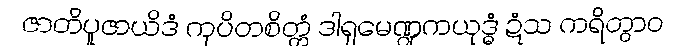
ဇာတိပူဇာယိဒံ ကုပိတစိတ္တံ ဒါရုမေဏ္ဍကယုဒ္ဓံ ဍံသ ကရိတွာဝ